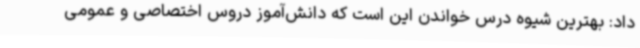
داد: بهترین شیوه درس خواندن این است که دانش‌آموز دروس اختصاصی و عمومی